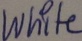
Text: White